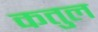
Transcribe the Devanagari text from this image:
कतुल